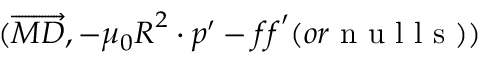
( \overrightarrow { M D } , - \mu _ { 0 } \boldsymbol { R } ^ { 2 } \cdot \boldsymbol { p } ^ { \prime } - \boldsymbol { f f } ^ { \prime } ( o r \mathrm { ~ n ~ u ~ l ~ l ~ s ~ } ) )